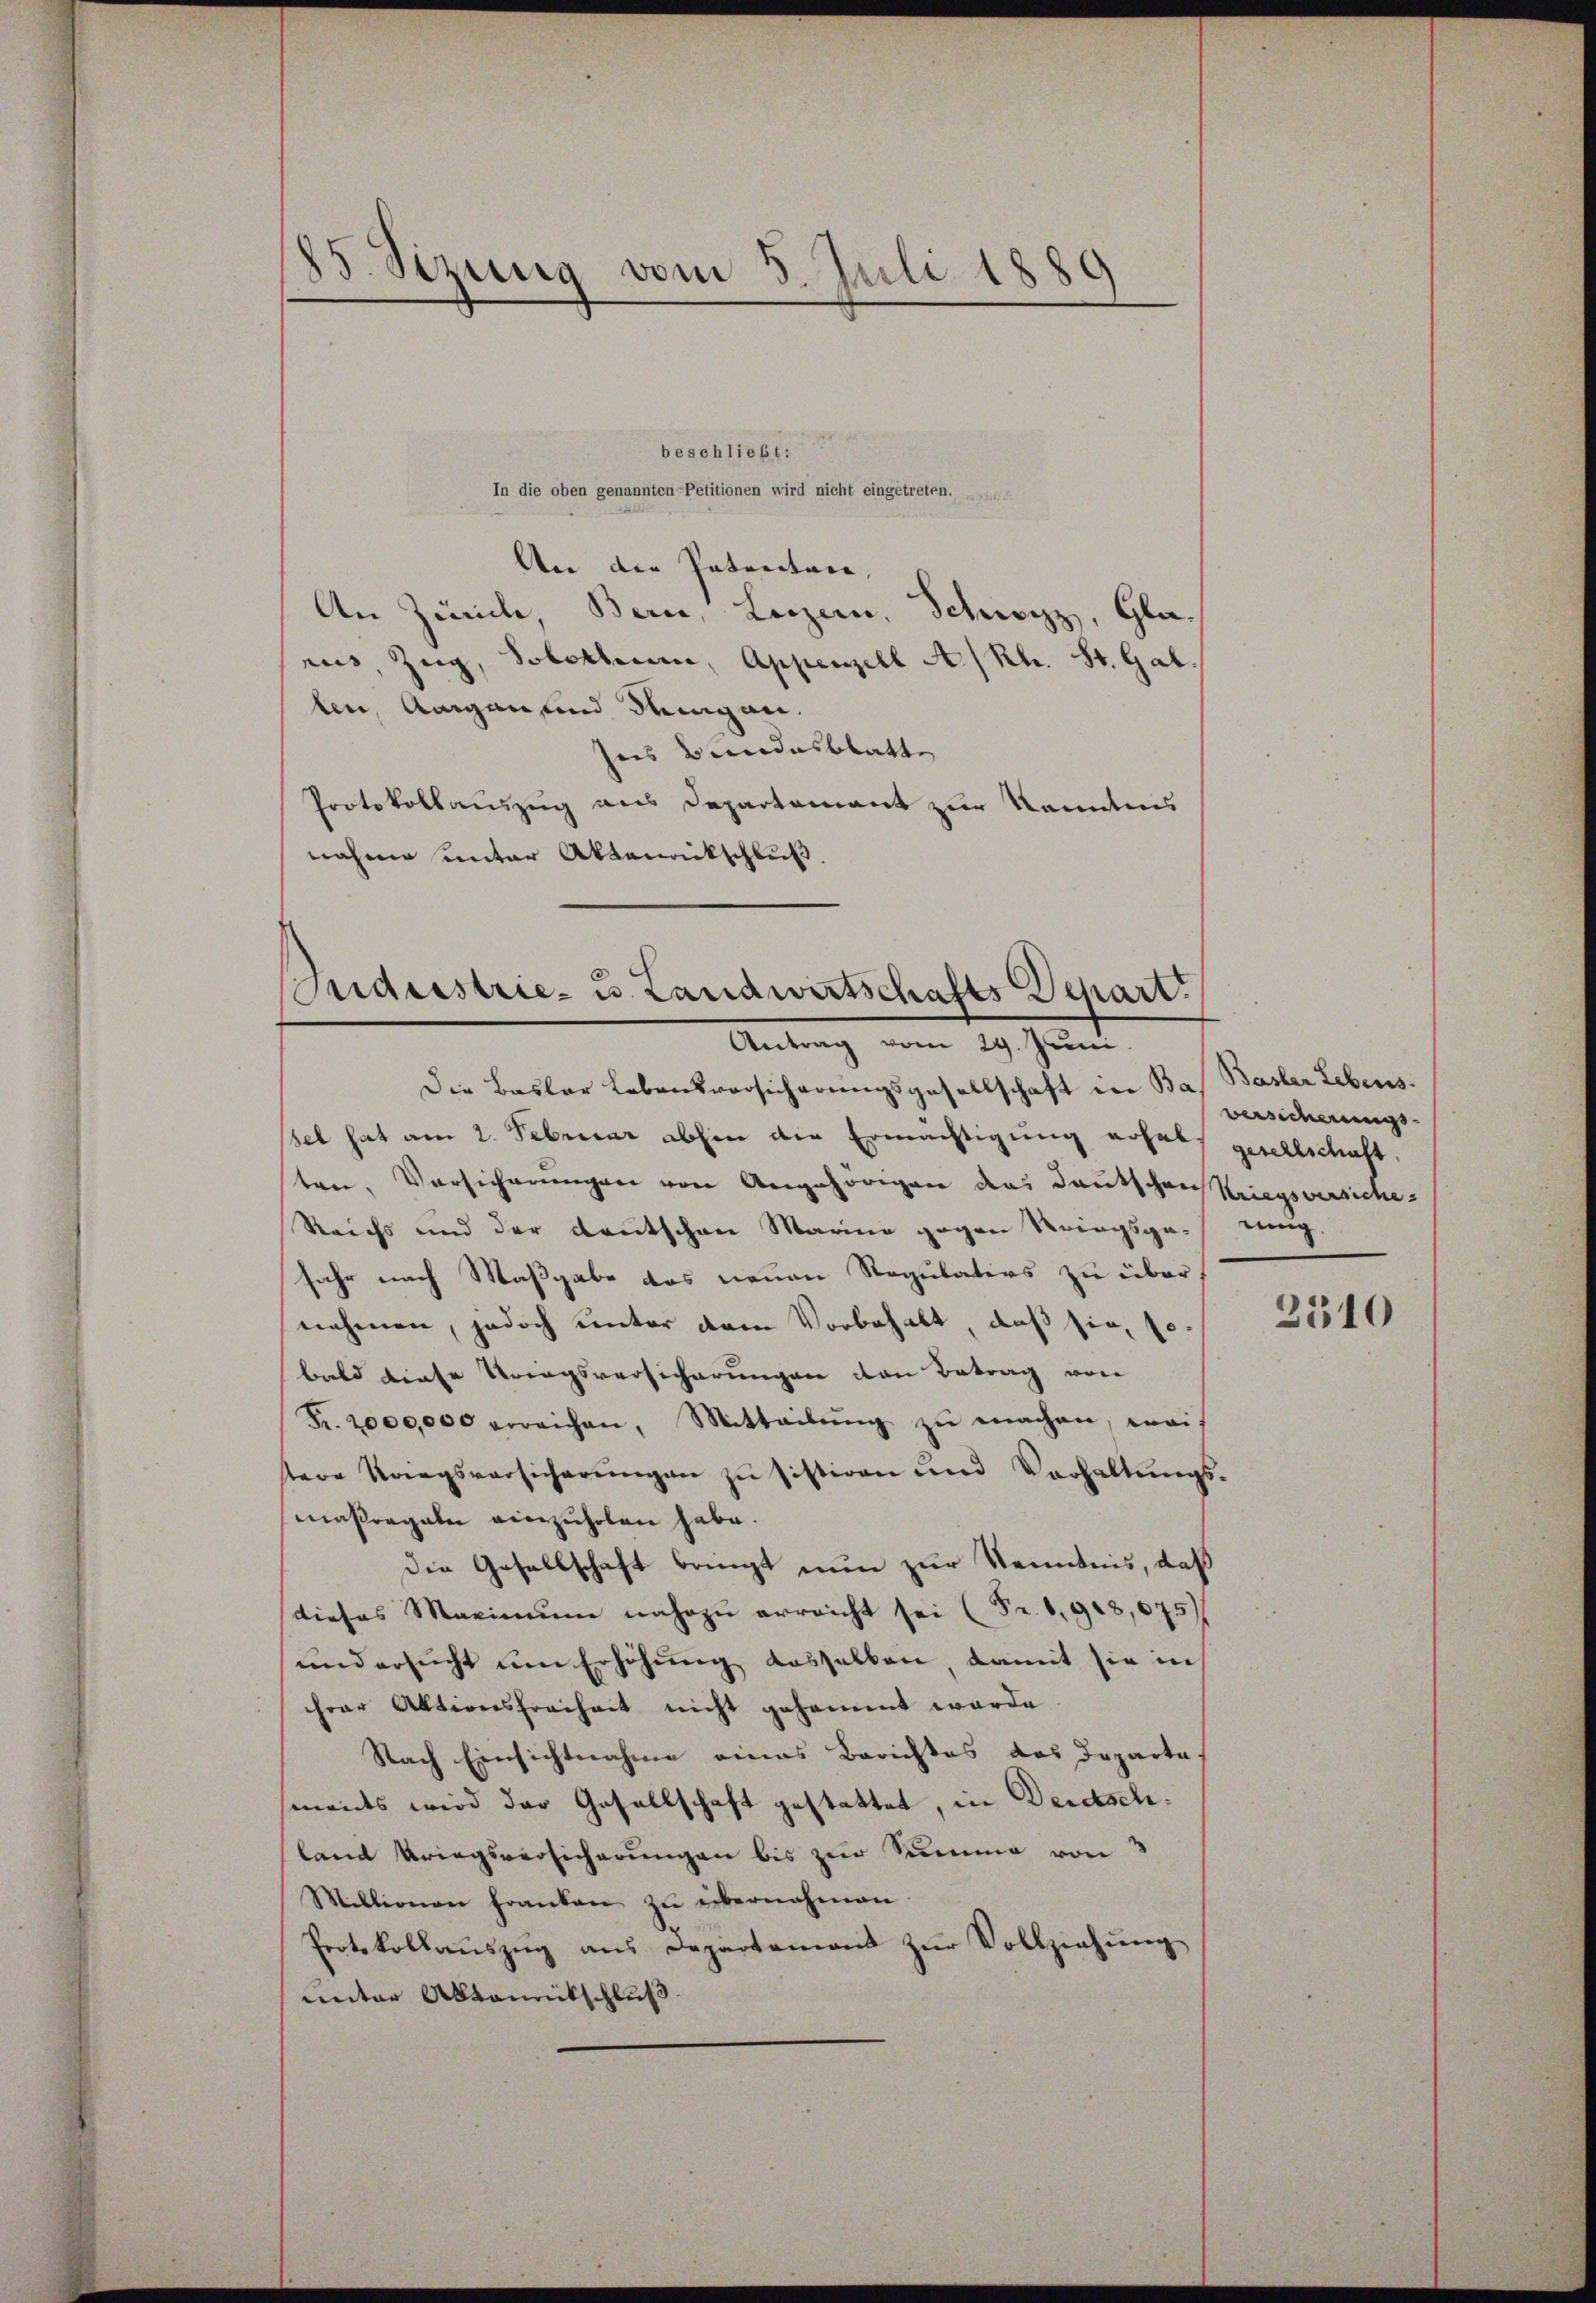
85. Sizung vom 5. Juli 1880

beschließt:
In die oben genannten Petitionen wird nicht eingetreten.
lter die Patentare,
An Zürich Bern, Luzern, Schwyz, Glaaus, Zug, Solothurn, Appenzell A/Rh. St. Gallen, Aargau und dingen.
sers Bundesblatte
Protokollauszug aus Departement zur Kenntnis
nahme unter Aktenaikschluß.

Cuigeistrie- u. Landwirtschafts Depart.
Antrag vom 29. Juni.

Die Basler Lebensvorsicherungsgesellschaft der Bas Basler Lebenssel hat am 2. Februar abhin die Ermächtigung erhalt gesellschaft,
ten, Versicherungen von Angehörigen das Deutschen Kriegsversiche
Reichs und der Deutschen Marina gegen Kriegsge¬
Jahr nach Maßgabe das neuen Regulativs zu über
nehmen, jedoch unter dem Vorbehalt, daß sie, so
bald diese Kriegsversicherungen von Betrag von
Fr. 2000,000 erreichen, Mitteilŭng zŭ machen, weis
tere Kriegsversicherungen zu sistiren und Verhaltungs-
maßregeln einzuholen habe.
die Gesellschaft bringt nun zur Kenntnis, daß
dieses Maximŭm nahezu erreicht sei (Fr. 1918,075
und ersucht um Erhöhung desselben, damit sie in
hrer Aktionsfreiheit nicht gesammt worde
Nach Einsichtnahme eines Berichtes das Departe
monts wird der Gesellschaft gestattet, in Deidsch
land Kriegsversicherungen bis zur Summe von 3
Millionen franken zŭ übernahmen.
Protokollaŭszŭg ans Departemont zŭr Vollziehŭng
unter Altaneitschluß.

versicherungs-
einig.
2310